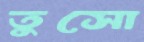
তুসো